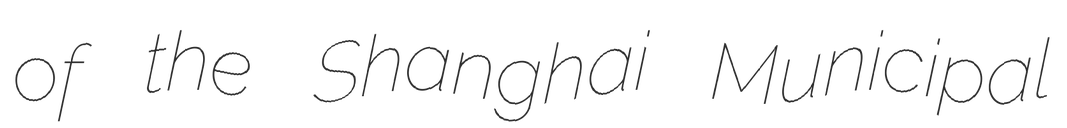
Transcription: of the Shanghai Municipal